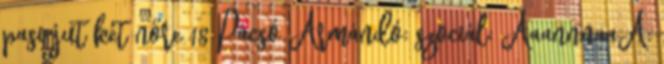
pasi jut két nőre 18 Pácsó Ármándó: szociál: AaannnaaA: